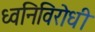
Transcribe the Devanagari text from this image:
ध्वनिविरोधी